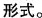
形式.